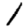
Digit: 1